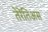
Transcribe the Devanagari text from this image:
तेरेंतिअस